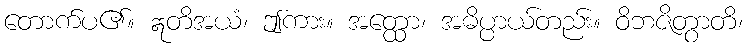
တောက်ပ၏။ ဣတိအယံ၊ ဤကား။ အတ္ထော၊ အဓိပ္ပာယ်တည်း။ ဝိဘဇိတွာတိ၊